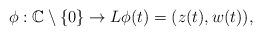
LaTeX: \begin{align*}\phi:\mathbb{C}\setminus\{0\} \to L\phi(t)=(z(t), w(t)),\end{align*}